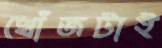
খোঁজটাই